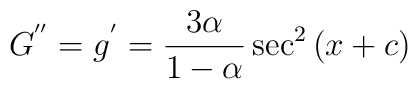
G^{''} = g^{'} = \frac{3\alpha}{1-\alpha}\sec^{2}{(x+c)}